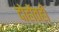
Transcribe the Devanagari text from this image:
दोहोंतही